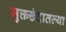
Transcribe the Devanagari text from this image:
मुक्तछंदातल्या